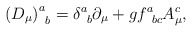
\begin{align*}\left( D_{\mu }\right) _{\;\;b}^{a}=\delta _{\;\;b}^{a}\partial _{\mu}+gf_{\;\;bc}^{a}A_{\mu }^{c}, \end{align*}